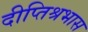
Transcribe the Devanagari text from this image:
दीप्तिश्रभास